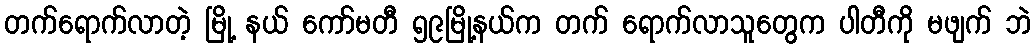
တက်ရောက်လာတဲ့ မြို့ နယ် ကော်မတီ ၅၉မြို့နယ်က တက် ရောက်လာသူတွေက ပါတီကို မဖျက် ဘဲ